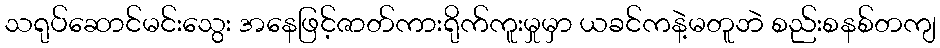
သရုပ်ဆောင်မင်းသွေး အနေဖြင့်ဇာတ်ကားရိုက်ကူးမှုမှာ ယခင်ကနဲ့မတူဘဲ စည်းစနစ်တကျ